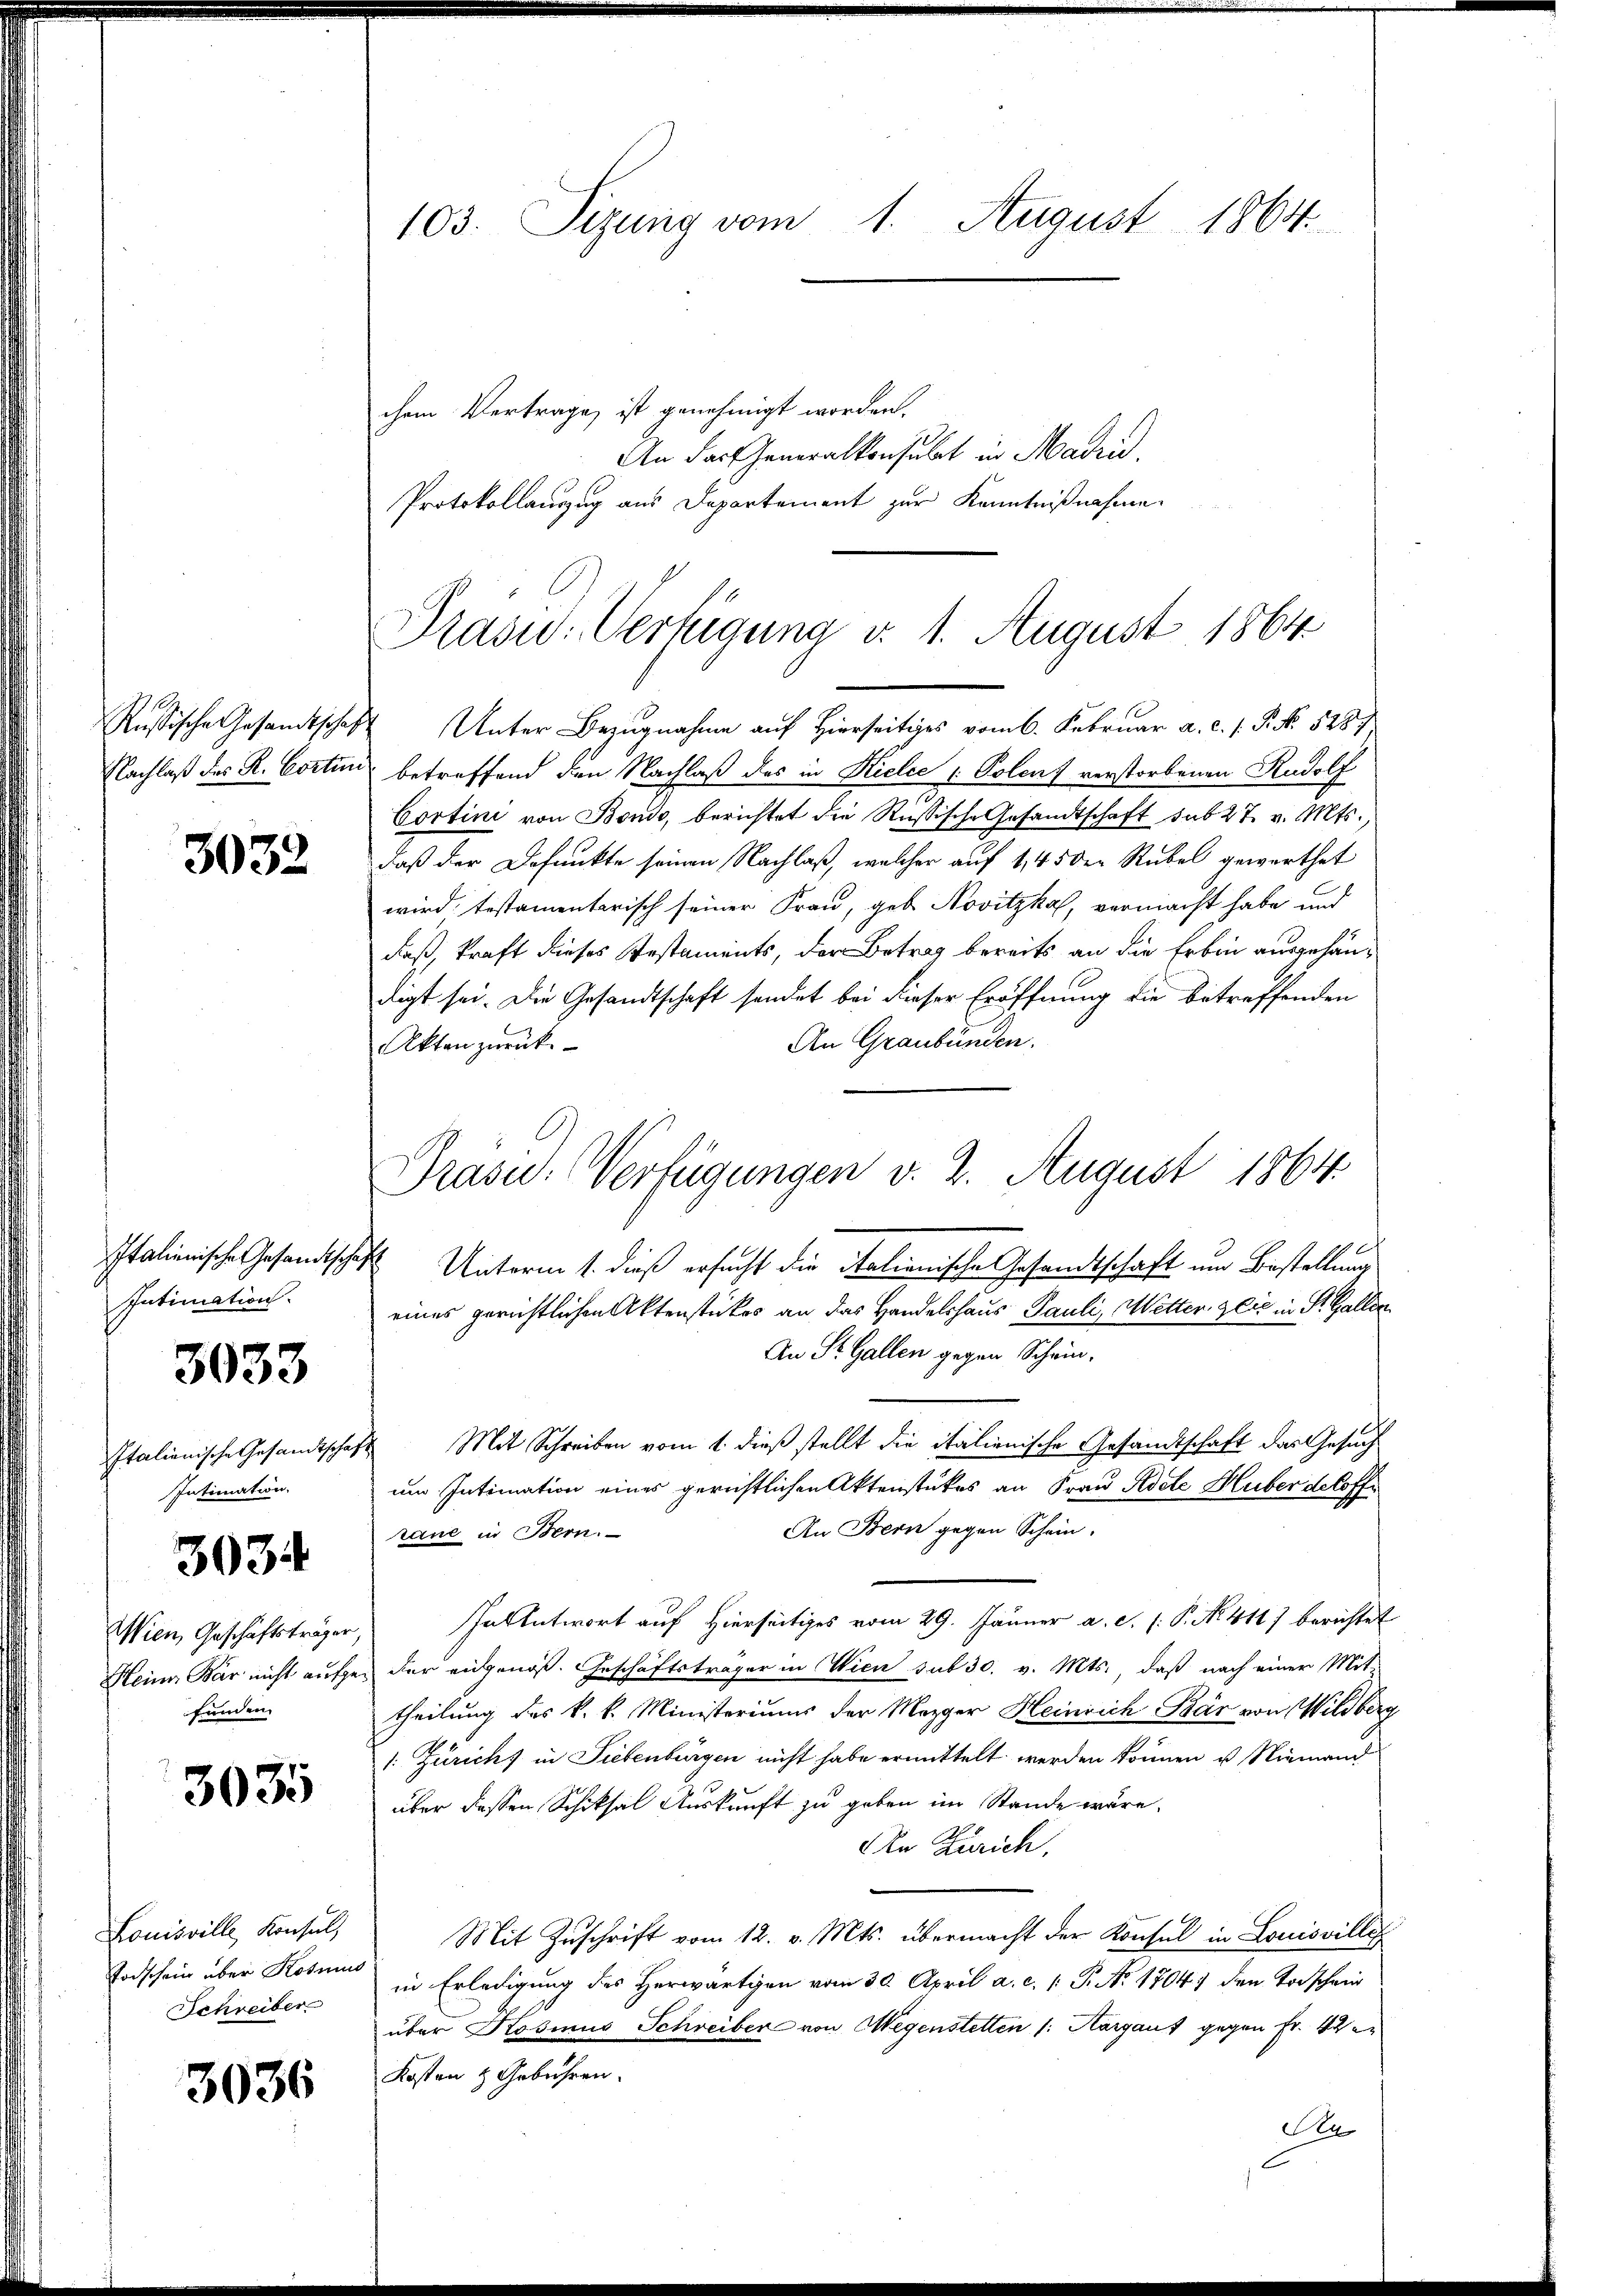
Russische Gesandtschaft
Nachlaß des R. Cortun

3032

Intimation.

3033

Italienische Gesandtschaf
Intimation.

3034

Wien Geschäftsträger,
Heiner Bär nicht aufgefunden.

3035

Louisville Konsul,
Todschein über Kosmus
Schreiber

3036

103. Sizung vom 1. August 1864.

chem Vertrage ist genehmigt worden.
An das Generalkonsulat in Madrid,
Protokollauszug aus Departement zur Kenntnißnahme

Präsid. Verfügung v. 1. August 1864

Prase. Verfügungen v. 2. August 1864.
Italienische Gesandtschaft Unterm 1. dieß ersucht die italienische Gesamtschaft um Bestellung

Unter Bezugnahme auf Hierseitiges vom 6. Februar a. c. s. P. Nr. 5287.
betreffend den Nachlaß des in Kielce (Polen, verstorbenen Rudolf
m
Cortini von Bondo, berichtet die Rußische Gesandtschaft sub 27. v. Mts.,
daß der Befunkte seinen Nachlaß, welcher auf 1,45 der Rubel gewerthet
wird testamentarisch seiner Frau, geb. Novitzka, vermacht habe und
daß, kraft dieses Testaments, der Betrag bereits an die Erben ausgehändigt sei. Die Gesandtschaft sendet bei dieser Eröffnung die betreffenden
An Graubünden.
Akten zurück.
eines gerichtlichen Aktenstückes an das Handelshaus Pauli, Wetter Zeit in St. Gallen
An St. Gallen gegen Schein-
 Mit Schreiben vom 1. dieß stellt die italienische Gesandtschaft das Gesuch
um Intimation eines gerichtlichen Aktenstükes an Frau Riete Huber deloffe
An Bern gegen Schein.
raue in Bern.
aAntwort auf Hierseitiges vom 29. Jänner a. c. l. P. Nr. 411) berichtet
der eidgenoß. Geschäftsträger in Wien sub 30. v. Mts., daß nach einer Mit-
theilung des k. k. Ministeriums der Mezger Heinrich Bär von Wildberg
1: Zürichs in Liebenbürgen nicht habe ermittelt werden können u. Niemand
über dessen Schicksal Auskunft zu geben im Stande wäre.
An Zürich,
Mit Zuschrift vom 12. v. Mts. übermacht der Konsul in Louisville
in Erledigung des Herwärtigen vom 30. April a. c. (T. No 1704) den Todschei
über Rosius Schreiber von Wegenstetten /: Kárgaus gegen Fr. 42
Kosten & Gebühren.
An

C